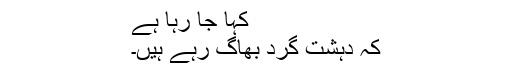
کہا جا رہا ہے
کہ دہشت گرد بھاگ رہے ہیں۔